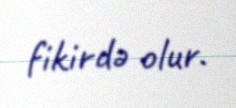
fikirdə olur.